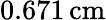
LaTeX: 0.671\, \mathrm{cm}